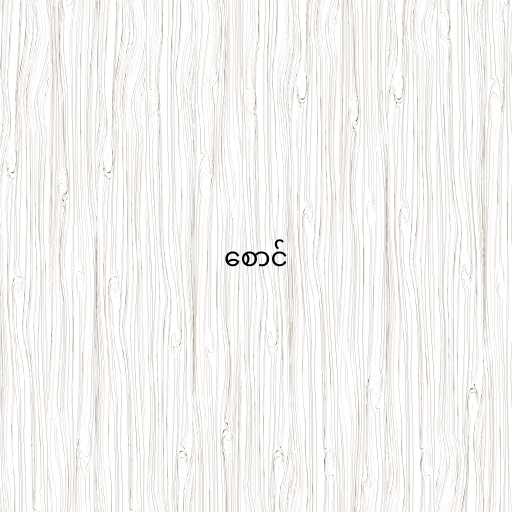
စောင်